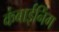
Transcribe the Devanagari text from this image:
कंबाईनिंग